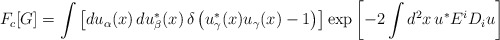
\begin{align*} F_c [G] = \int \left[ du_\alpha (x)\, du^*_\beta (x)\, \delta \left( u^*_\gamma (x) u_\gamma (x) - 1 \right) \right] \exp \left[ -2 \int d^2x\, u^* E^i D_i u \right]\end{align*}